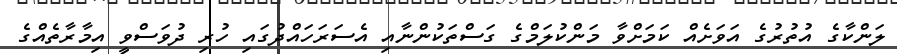
ލަންކާގެ އުތުރުގެ އަވަށެއް ކަމަށްވާ މަންކުލަމްގެ ގަސްތަކުންނާއި އެސަރަހައްދުގައި ހުރި ދުވަސްވީ އިމާރާތެއްގެ